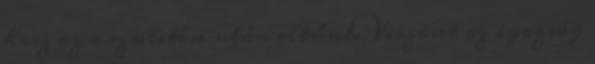
hisz az a születése után eltűnt. Viszont az igazság